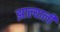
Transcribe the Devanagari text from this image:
झाल्याली